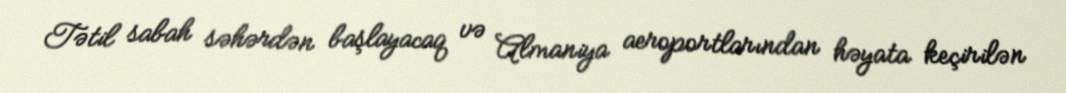
Tətil sabah səhərdən başlayacaq və Almaniya aeroportlarından həyata keçirilən